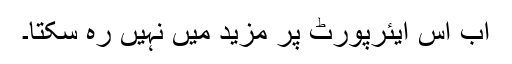
اب اس ایئرپورٹ پر مزید میں نہیں رہ سکتا۔